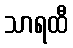
သာရထီ